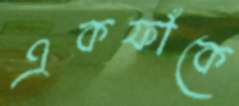
একফাঁকে